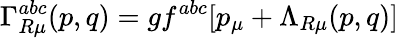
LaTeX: \Gamma_{R\mu}^{abc}(p,q)=gf^{abc}[p_{\mu}+\Lambda_{R\mu}(p,q)]